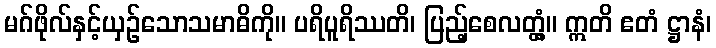
မဂ်ဖိုလ်နှင့်ယှဉ်သောသမာဓိကို။ ပရိပူရိဿတိ၊ ပြည့်စေလတ္တံ့။ ဣတိ ဧတံ ဋ္ဌာနံ၊